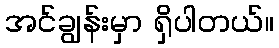
အင်ချွန်းမှာ ရှိပါတယ်။